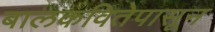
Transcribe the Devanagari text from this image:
बालकवितेपासून